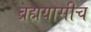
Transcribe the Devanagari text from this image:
ब्रह्मयासीच